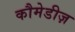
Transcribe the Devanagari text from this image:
कौमेडीज़